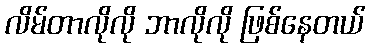
လိမ်တာလိုလို ဘာလိုလို ဖြစ်နေတယ်